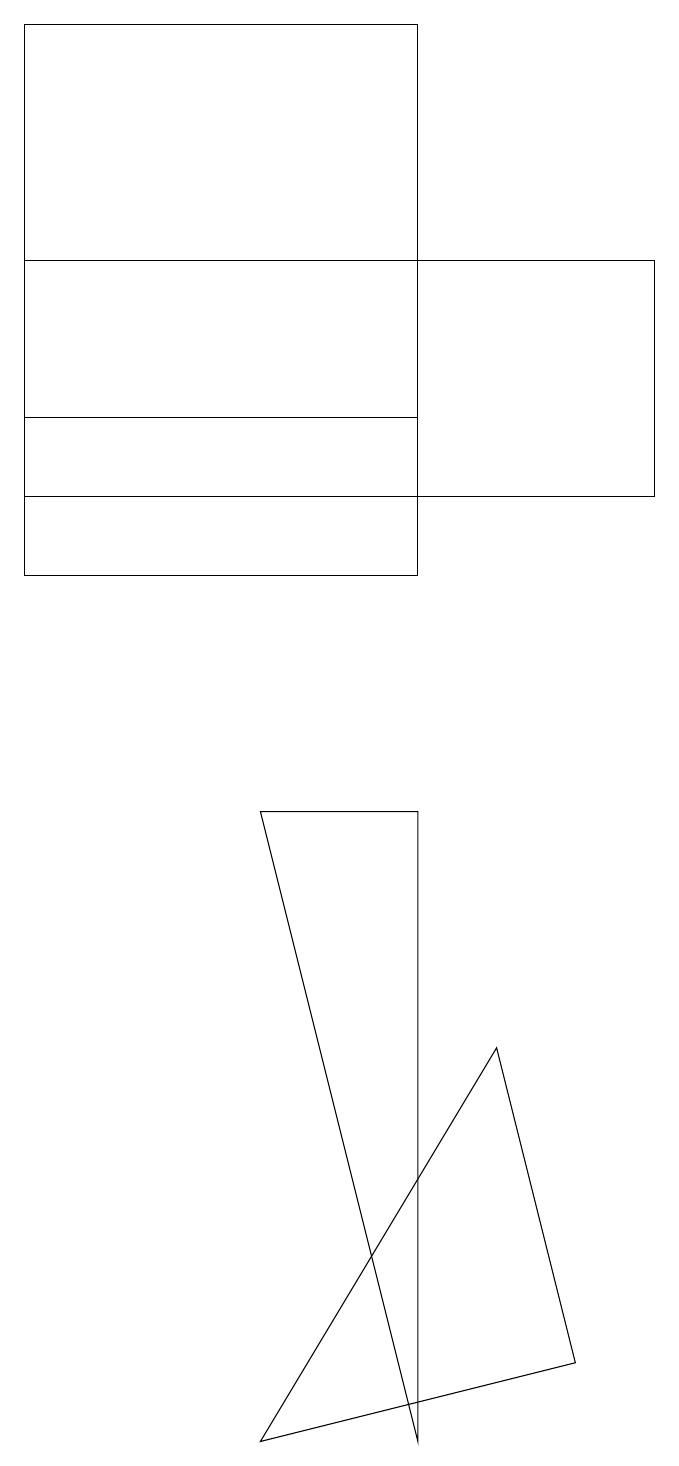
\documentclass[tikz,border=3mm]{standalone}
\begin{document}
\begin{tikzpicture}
\draw (1,16) rectangle (9,13);
\draw (8,2) -- (7,6) -- (4,1) -- cycle;
\draw (1,19) rectangle (6,12);
\draw (6,14) rectangle (1,19);
\draw (6,9) -- (4,9) -- (6,1) -- cycle;
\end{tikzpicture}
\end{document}